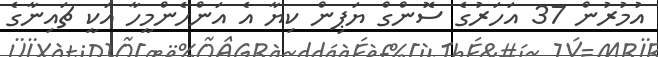
އުމުރުން 37 އަހަރުގެ ސޮންގް ޔަޕިން ކިޔާ އެ އަންހެންމީހާ އަކީ ޗައިނާގެ